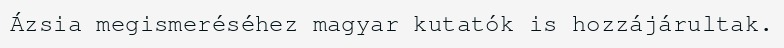
Ázsia megismeréséhez magyar kutatók is hozzájárultak.